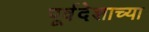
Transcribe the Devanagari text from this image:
पूर्वदेशाच्या